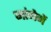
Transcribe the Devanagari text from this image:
मांगेगें